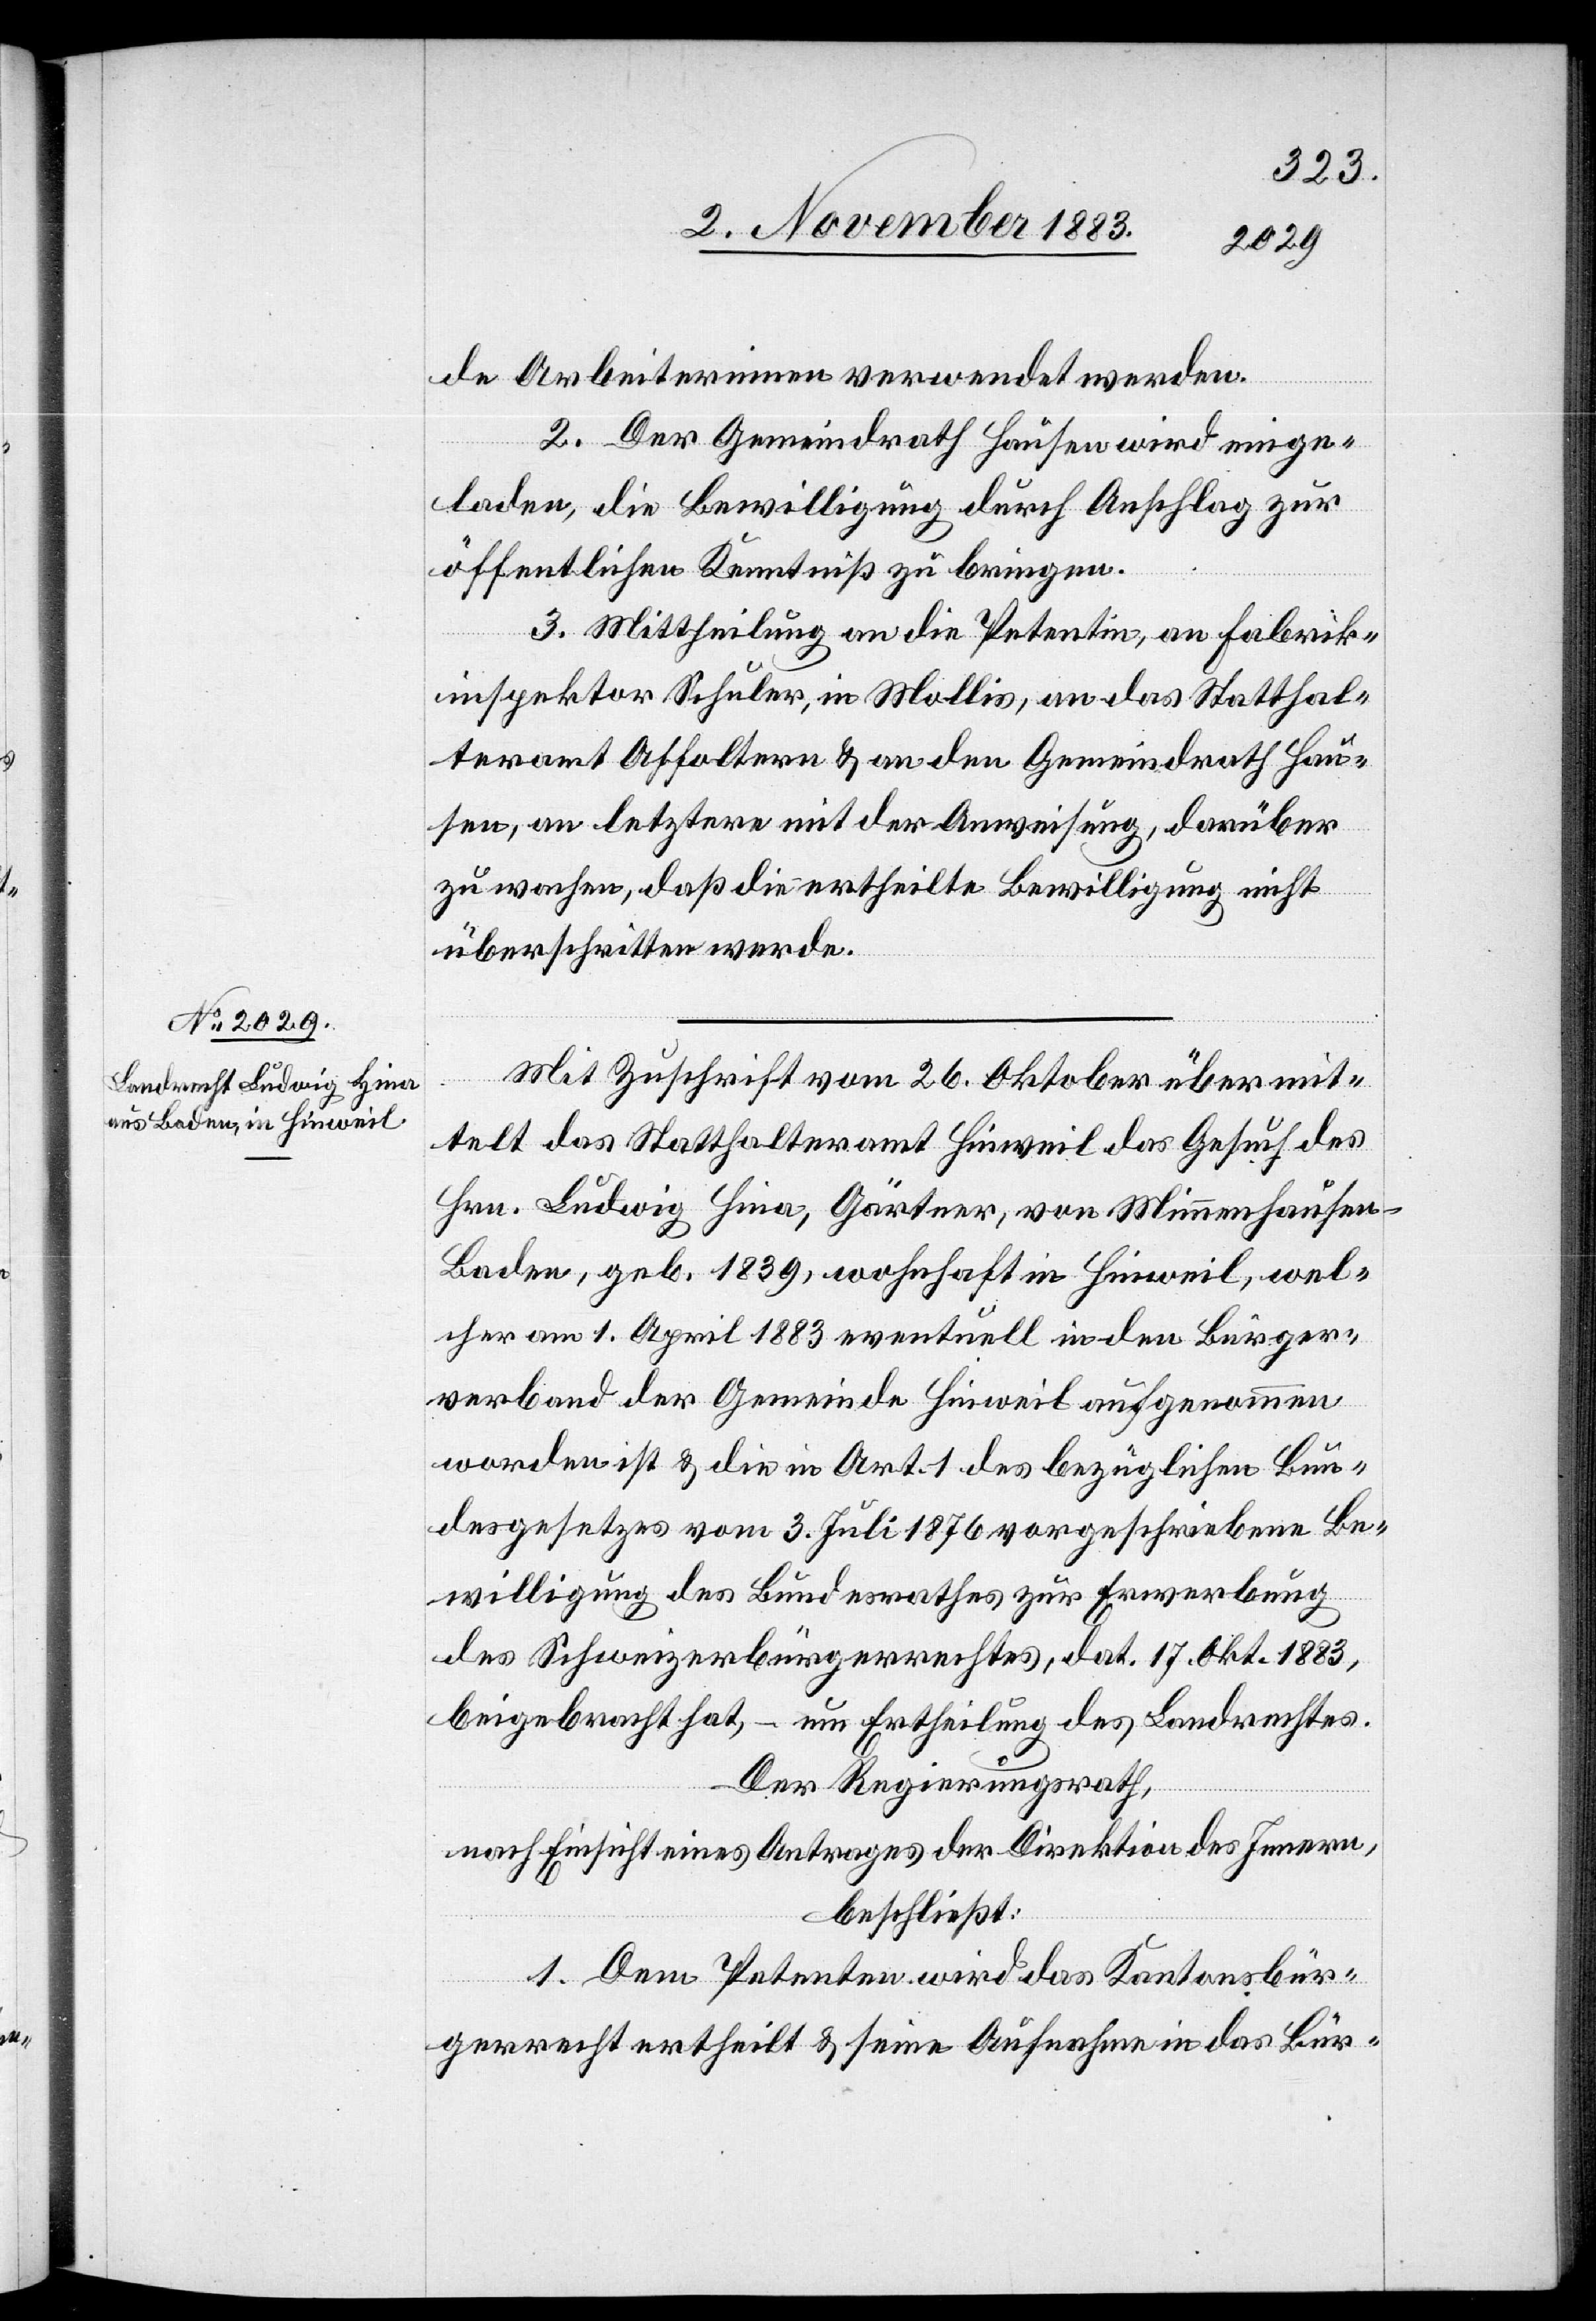
de Arbeiterinnen verwendet werden.
2. Der Gemeindrath Hausen wird einge¬
laden, die Bewilligung durch Anschlag zur
öffentlichen Kenntniß zu bringen.
3. Mittheilung an die Petentin, an Fabrik¬
inspektor Schuler, in Mollis, an das Statthal¬
teramt Affoltern & an den Gemeindrath Hau¬
sen, an letztere mit der Anweisung, darüber
zu wachen, daß die ertheilte Bewilligung nicht
überschritten werde.
Mit Zuschrift vom 26. Oktober übermit¬
telt das Statthalteramt Hinweil das Gesuch des
Hrn. Ludwig Hina, Gärtner, von Mimmenhausen
Baden, geb. 1839, wohnhaft in Hinweil, wel¬
cher am 1. April 1883 eventuell in den Bürger¬
verband der Gemeinde Hinweil aufgenommen
worden ist & die in Art. 1 des bezüglichen Bun¬
desgesetzes vom 3. Juli 1876 vorgeschriebene Be¬
willigung des Bundesrathes zur Erwerbung
des Schweizerbürgerrechtes, dat. 17. Okt. 1883,
beigebracht hat, – um Ertheilung des Landrechtes.
Der Regierungsrath,
nach Einsicht eines Antrage der Direktion des Innern,
beschließt:
1. Dem Petenten wird das Kantonsbür¬
gerrecht ertheilt & seine Aufnahme in das Bür-